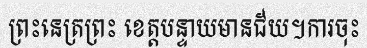
ព្រះនេត្រព្រះ ខេត្តបន្ទាយមានជ័យ។ការចុះ